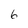
Character: 6